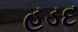
હડદ